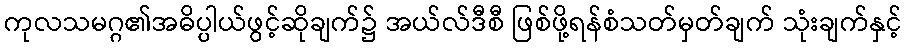
ကုလသမဂ္ဂ၏အဓိပ္ပါယ်ဖွင့်ဆိုချက်၌ အယ်လ်ဒီစီ ဖြစ်ဖို့ရန်စံသတ်မှတ်ချက် သုံးချက်နှင့်